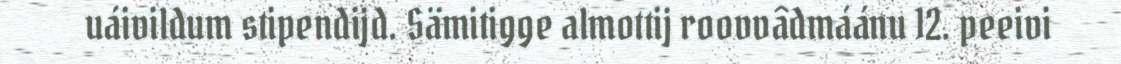
uáivildum stipendijd. Sämitigge almottij roovvâdmáánu 12. peeivi